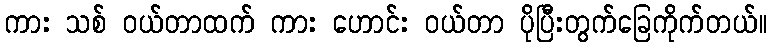
ကား သစ် ဝယ်တာထက် ကား ဟောင်း ဝယ်တာ ပိုပြီးတွက်ခြေကိုက်တယ်။